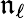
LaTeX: \mathfrak{n}_{\ell}